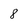
Character: 8